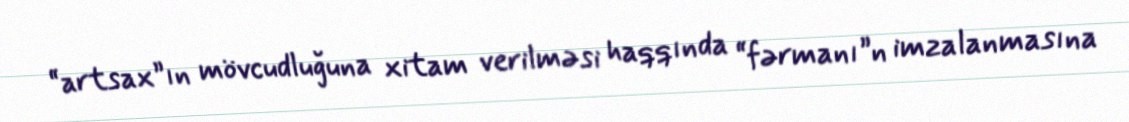
“artsax”ın mövcudluğuna xitam verilməsi haqqında “fərmanı”n imzalanmasına